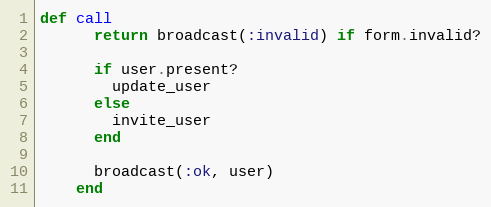
Language: Ruby
def call
      return broadcast(:invalid) if form.invalid?

      if user.present?
        update_user
      else
        invite_user
      end

      broadcast(:ok, user)
    end